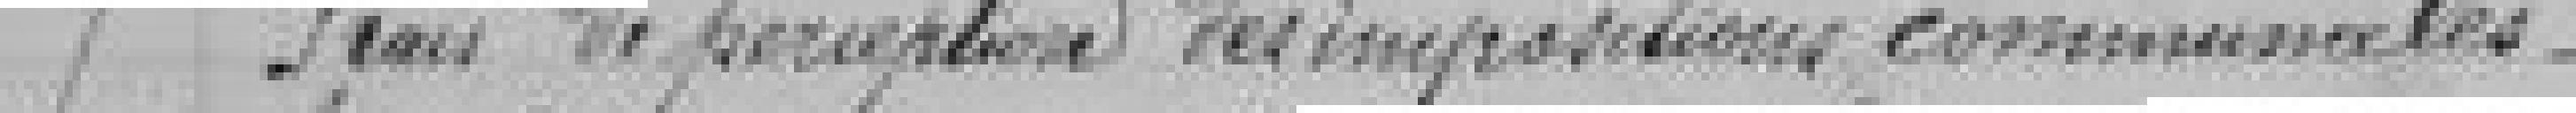
7 Frais de perception des impositions commerciales